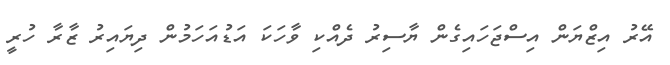
އޭރު އިޒްޔަން އިސްޖަހައިގެން ޔާސިރު ދެއްކި ވާހަކަ އަޑުއަހަމުން ދިޔައިރު ޒާރާ ހުރީ